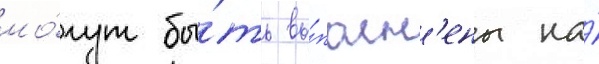
мо́гут бы́ть вы́полн'ены на́